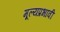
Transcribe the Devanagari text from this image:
मूल्यप्रभावी